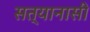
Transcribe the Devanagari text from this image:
सत्यानासी